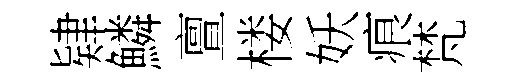
肄鱗亶楼妖痕梵